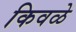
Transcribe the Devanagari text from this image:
किवळे